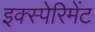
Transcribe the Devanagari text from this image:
इक्स्पेरिमेंट